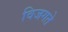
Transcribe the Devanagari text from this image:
विजगते